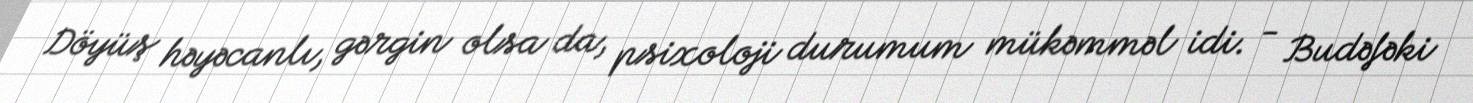
Döyüş həyəcanlı, gərgin olsa da, psixoloji durumum mükəmməl idi. - Budəfəki